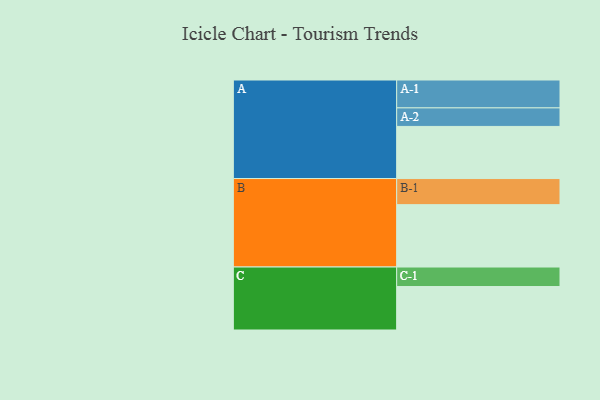
{"axis": {"x": "Segment", "y": "Value"}, "legend": ["", "A", "B", "C"], "data": [{"x": "A", "y": 441, "type": ""}, {"x": "B", "y": 528, "type": ""}, {"x": "C", "y": 368, "type": ""}, {"x": "A-1", "y": 236, "type": "A"}, {"x": "A-2", "y": 157, "type": "A"}, {"x": "B-1", "y": 221, "type": "B"}, {"x": "C-1", "y": 165, "type": "C"}]}